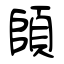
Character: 頧